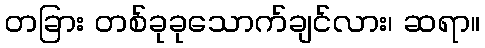
တခြား တစ်ခုခုသောက်ချင်လား၊ ဆရာ။